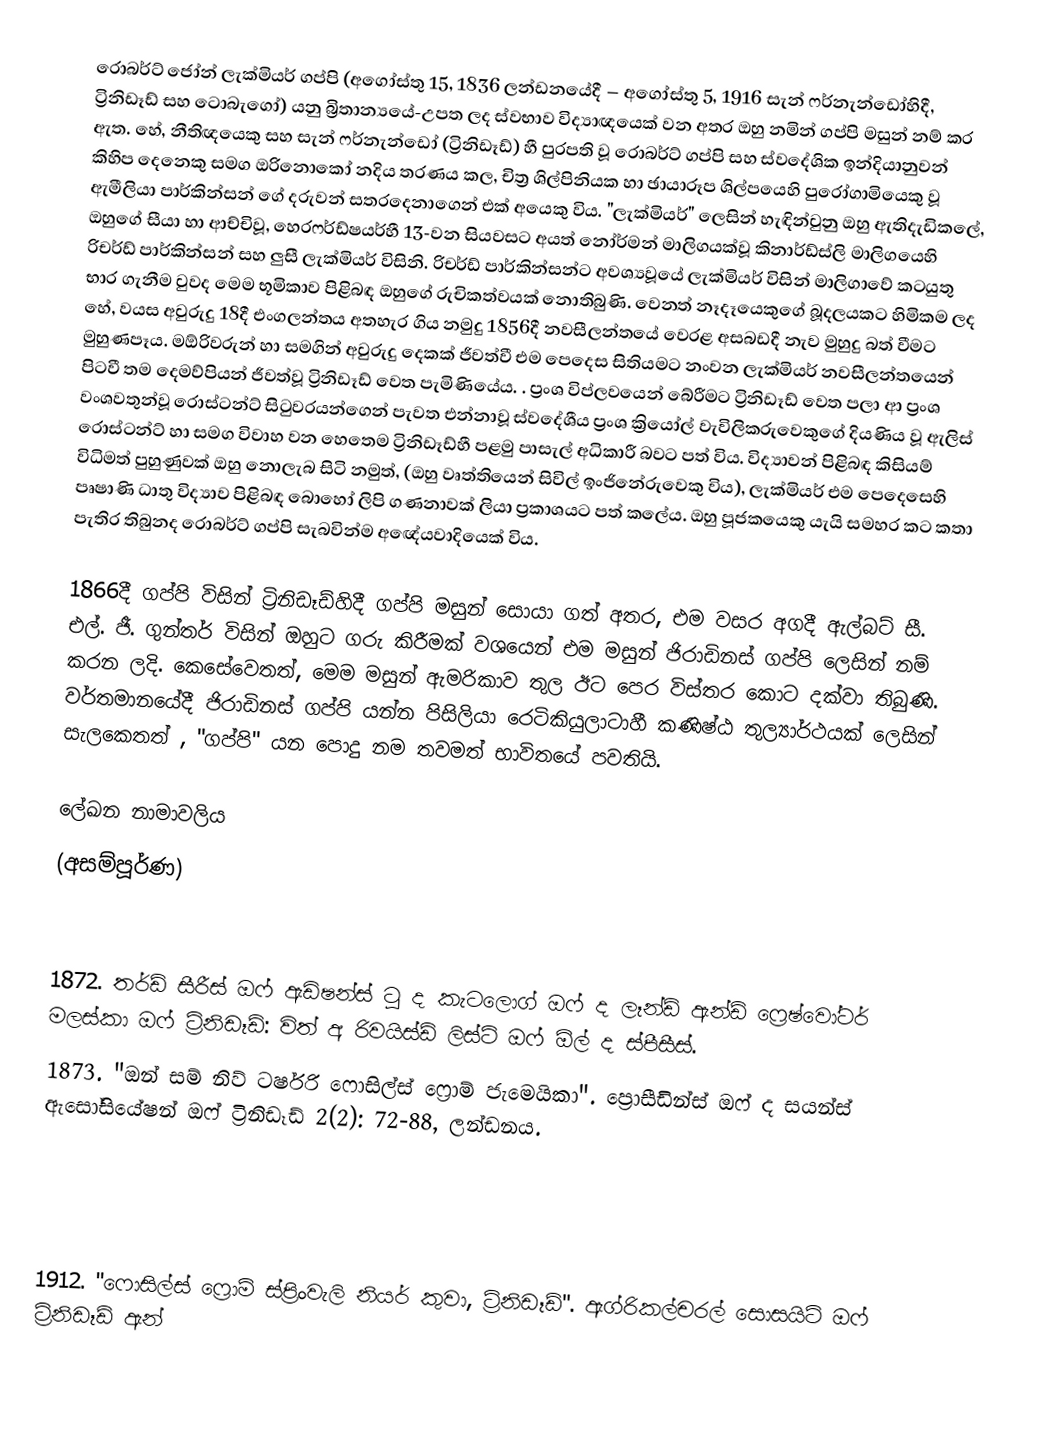
රොබර්ට් ජෝන් ලැක්මියර් ගප්පි (අගෝස්තු 15, 1836 ලන්ඩනයේදී – අගෝස්තු 5, 1916 සැන් ෆර්නැන්ඩෝහිදී, ට්‍රිනිඩෑඩ් සහ ටොබැගෝ) යනු බ්‍රිතාන්‍යයේ-උපත ලද ස්වභාව විද්‍යාඥයෙක් වන අතර ඔහු නමින් ගප්පි මසුන් නම් කර ඇත. හේ, නීතිඥයෙකු සහ සැන් ෆර්නැන්ඩෝ (ට්‍රිනිඩෑඩ්) හී පුරපති වූ රොබර්ට් ගප්පි සහ  ස්වදේශික ඉන්දියානුවන් කිහිප දෙනෙකු සමග ඔරිනොකෝ නදිය තරණය කල, චිත්‍ර ශිල්පිනියක හා ඡායාරූප ශිල්පයෙහි පුරෝගාමියෙකු වූ ඇමීලියා පාර්කින්සන් ගේ දරුවන් සතරදෙනාගෙන් එක් අයෙකු විය.  "ලැක්මියර්" ලෙසින් හැඳින්වුනු ඔහු ඇතිදැඩිකලේ, ඔහුගේ සීයා හා ආච්චිවූ, හෙරෆර්ඩ්ෂයර්හී 13-වන සියවසට අයත් නෝර්මන් මාලිගයක්වූ  කිනාර්ඩ්ස්ලි මාලිගයෙහි රිචර්ඩ් පාර්කින්සන් සහ ලුසී ලැක්මියර් විසිනි.  රිචර්ඩ් පාර්කින්සන්ට අවශ්‍යවූයේ ලැක්මියර් විසින් මාලිගාවේ කටයුතු භාර ගැනීම වුවද මෙම භූමිකාව පිළිබඳ ඔහුගේ රුචිකත්වයක් නොතිබුණි. වෙනත් නෑදෑයෙකුගේ බූදලයකට හිමිකම ලද හේ, වයස අවුරුදු 18දී එංගලන්තය අතහැර ගිය නමුදු 1856දී  නවසීලන්තයේ වෙරළ අසබඩදී  නැව මුහුදු බත් වීමට මුහුණපෑය. මඕරිවරුන් හා සමගින් අවුරුදු දෙකක් ජීවත්වී එම පෙදෙස සිතියමට නංවන ලැක්මියර් නවසීලන්තයෙන් පිටවී තම දෙමව්පියන් ජීවත්වූ ට්‍රිනිඩෑඩ් වෙත පැමිණියේය. . ප්‍රංශ විප්ලවයෙන් බේරීමට ට්‍රිනිඩෑඩ් වෙත පලා ආ ප්‍රංශ වංශවතුන්වූ රොස්ටන්ට් සිටුවරයන්ගෙන් පැවත එන්නාවූ  ස්වදේශීය ප්‍රංශ ක්‍රියෝල් වැවිලිකරුවෙකුගේ දියණිය වූ ඇලිස්  රොස්ටන්ට් හා සමග විවාහ වන හෙතෙම ට්‍රිනිඩෑඩ්හී පළමු පාසැල් අධිකාරී බවට පත් විය. විද්‍යාවන් පිළිබඳ කිසියම් විධිමත් පුහුණුවක් ඔහු නොලැබ සිටි නමුත්, (ඔහු වෘත්තියෙන් සිවිල් ඉංජිනේරුවෙකු විය), ලැක්මියර් එම පෙදෙසෙහි  පෘෂාණි ධාතු විද්‍යාව පිළිබඳ බොහෝ ලිපි ගණනාවක් ලියා ප්‍රකාශයට පත් කලේය. ඔහු පූජකයෙකු යැයි සමහර කට කතා පැතිර තිබුනද රොබර්ට් ගප්පි සැබවින්ම අඥේයවාදියෙක් විය.

1866දී ගප්පි විසින් ට්‍රිනිඩෑඩ්හිදී ගප්පි මසුන් සොයා ගත් අතර, එම වසර අගදී ඇල්බට්  සී. එල්. ජී. ගුන්තර් විසින් ඔහුට ගරු කිරීමක් වශයෙන් එම මසුන් ජිරාඩිනස් ගප්පි ලෙසින් නම් කරන ලදි. කෙසේවෙතත්, මෙම මසුන් ඇමරිකාව තුල ඊට පෙර විස්තර කොට දක්වා තිබුණි. වර්තමානයේදී   ජිරාඩිනස් ගප්පි යන්න  පිසිලියා රෙටිකියුලාටාහී  කණිෂ්ඨ තුල්‍යාර්ථයක් ලෙසින් සැලකෙතත් , "ගප්පි" යන පොදු නම තවමත් භාවිතයේ පවතියි.

ලේඛන නාමාවලිය
(අසම්පූර්ණ)

 1872. තර්ඩ් සීරීස් ඔෆ් ඇඩිෂන්ස් ටු ද කැටලොග් ඔෆ් ද ලෑන්ඩ් ඇන්ඩ් ෆ්‍රෙෂ්වෝටර් මලස්කා ඔෆ් ට්‍රිනිඩෑඩ්: විත් අ රිවයිස්ඩ් ලිස්ට් ඔෆ් ඕල් ද ස්පීසීස්.
 1873. "ඔන් සම් නිව් ටර්ෂරි ෆොසිල්ස් ෆ්‍රොම් ජැමෙයිකා". ප්‍රොසීඩින්ස් ඔෆ් ද සයන්ස් ඇසෝසියේෂන් ඔෆ් ට්‍රිනිඩෑඩ් 2(2): 72-88, ලන්ඩනය.

 1912. "ෆොසිල්ස් ෆ්‍රොම් ස්ප්‍රිංවැලි නියර් කුවා, ට්‍රිනිඩෑඩ්". ඇග්රිකල්චරල් සොසයිටි ඔෆ් ට්‍රිනිඩෑඩ් ඇන්